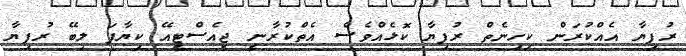
ރުފިޔާ އެެއްކުރަން ކިހިނެތް ރުފިޔާ ކޮޅެއްވެސް އެތްކުރާނީ ޖީއެސްޓީއޭ ކިޔާފަ ލިބޭ ރުފިޔާ